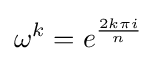
\omega ^{k}=e^{\frac {2k\pi i}{n}}